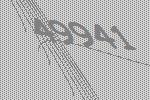
49941